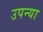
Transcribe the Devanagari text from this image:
उपन्या